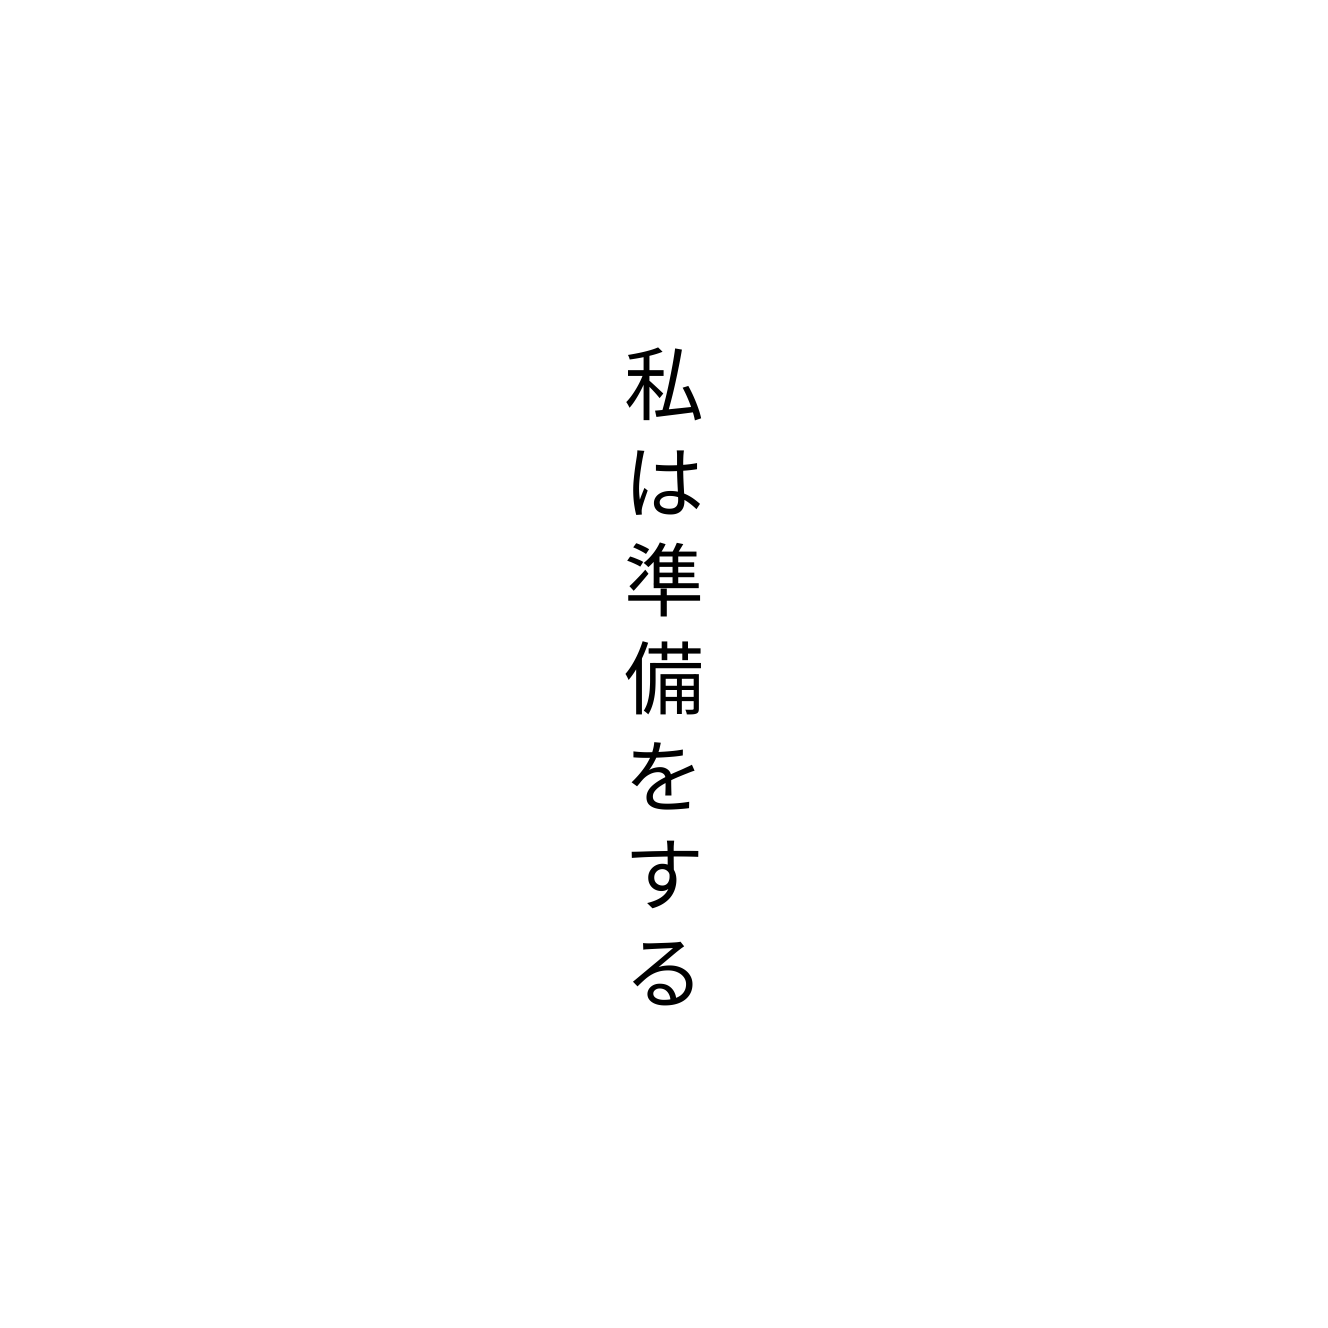
私は準備をする